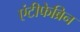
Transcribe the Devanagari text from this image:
एंटीफेब्रिन